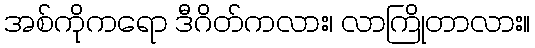
အစ်ကိုကရော ဒီဂိတ်ကလား၊ လာကြိုတာလား။